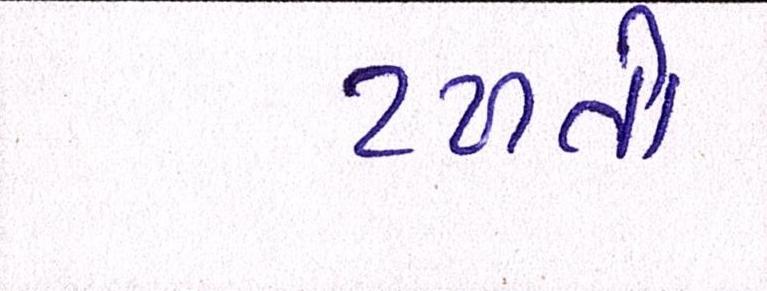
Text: ટળતી